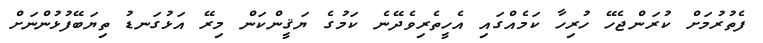
ފެތުރުމަށް ކުރަންޖެހޭ ހުރިހާ ކަމެއްގައި އެހީތެރިވެދޭނެ ކަމުގެ ޔަޤީންކަން މިރޭ އަޅުގަނޑު ތިޔަބޭފުޅުންނަށް